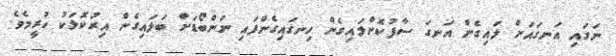
ނަގައި އަނގައަށް ލައިގެން އަނގަ ސާފުކޮށްލައިގެން ހިނގައިގެންފައި ނަންބޯޑަށް ބަލައިގެން އިރުކޮޅަކު ހުރީމެެވެ.